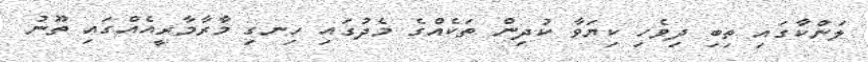
ލަންކާގައި ތިބި ދިވެހި ކިޔަވާ ކުދިން ތަކެއްގެ މެދުގައި ހިނގި މާރާމާރީއެއްގައި ތޫނު